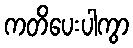
ကတိပေးပါကွာ